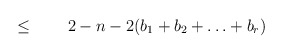
\begin{align*}\leq\qquad2-n-2(b_1+b_2+\ldots+b_r)\end{align*}